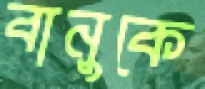
বানুকে